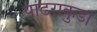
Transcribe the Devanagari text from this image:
पांढराकुडा